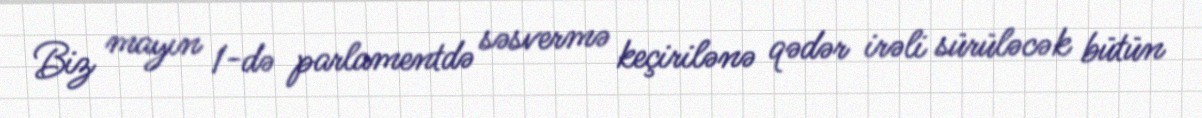
Biz mayın 1-də parlamentdə səsvermə keçirilənə qədər irəli sürüləcək bütün